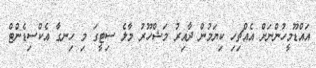
އައްޑޫމީހުންނަށް އެއްޗިހި ކިޔަމުން ދާއިރު މަޝްހޫރު މާލެ ސިޓީގަ މި ހިނގާ އެކްސިޑެންޓް